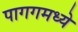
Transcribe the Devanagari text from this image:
पागगमध्ये